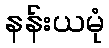
နန်းယမုံ